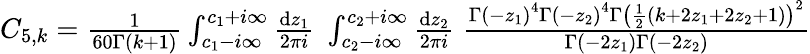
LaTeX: \begin{array}{r}{C_{5,k}=\frac{1}{60\Gamma(k+1)}\int_{c_{1}-i\infty}^{c_{1}+i\infty}\frac{\mathrm{d}z_{1}}{2\pi i}\; \int_{c_{2}-i\infty}^{c_{2}+i\infty}\frac{\mathrm{d}z_{2}}{2\pi i}\; \frac{\Gamma\left(-z_{1}\right)^{4}\Gamma\left(-z_{2}\right)^{4}\Gamma\left(\frac{1}{2}\left(k+2z_{1}+2z_{2}+1\right)\right)^{2}}{\Gamma\left(-2z_{1}\right)\Gamma\left(-2z_{2}\right)}}\end{array}